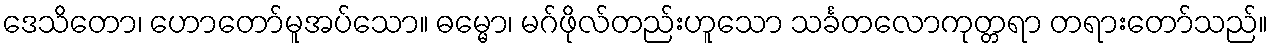
ဒေသိတော၊ ဟောတော်မူအပ်သော။ ဓမ္မော၊ မဂ်ဖိုလ်တည်းဟူသော သင်္ခတလောကုတ္တရာ တရားတော်သည်။